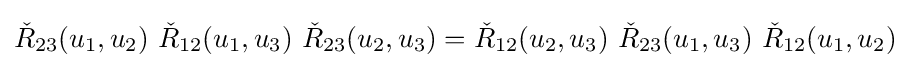
{\check {R}}_{23}(u_{1},u_{2})\ {\check {R}}_{12}(u_{1},u_{3})\ {\check {R}}_{23}(u_{2},u_{3})={\check {R}}_{12}(u_{2},u_{3})\ {\check {R}}_{23}(u_{1},u_{3})\ {\check {R}}_{12}(u_{1},u_{2})